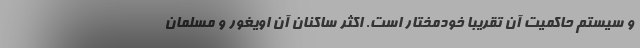
و سیستم حاکمیت آن تقریبا خودمختار است. اکثر ساکنان آن اویغور و مسلمان